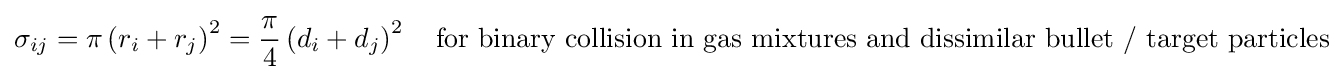
\sigma _{ij}=\pi \left(r_{i}+r_{j}\right)^{2}={\frac {\pi }{4}}\left(d_{i}+d_{j}\right)^{2}\quad {\text{for binary collision in gas mixtures and dissimilar bullet / target particles}}